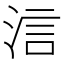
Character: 𣵧